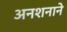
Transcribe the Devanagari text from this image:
अनशनाने